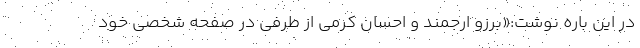
در این باره نوشت:«برزو ارجمند و احسان کرمی از طرفی در صفحه شخصی خود